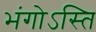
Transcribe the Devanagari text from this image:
भंगोऽस्ति